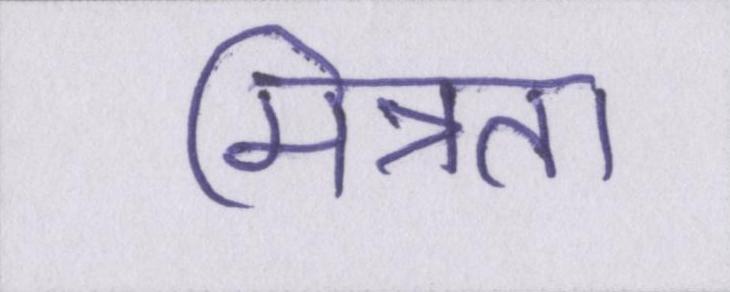
मित्रता